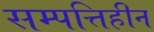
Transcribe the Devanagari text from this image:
सम्पत्तिहीन